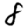
Digit: 8